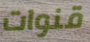
قنوات